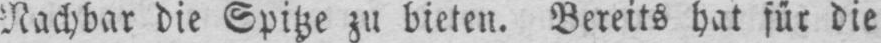
Nachbar die Spitze zu bieten. Bereits hat für die